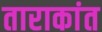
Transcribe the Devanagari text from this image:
ताराकांत